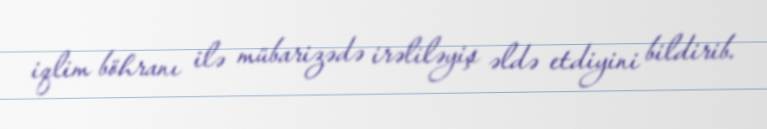
iqlim böhranı ilə mübarizədə irəliləyiş əldə etdiyini bildirib.